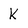
Character: K